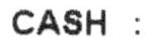
CASH :